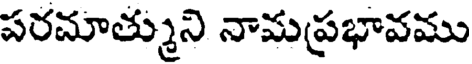
పరమాత్ముని నామప్రభావము